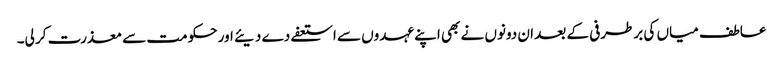
عاطف میاں کی برطرفی کے بعد ان دونوں نے بھی اپنے عہدوں سے استعفے دے دیئے اور حکومت سے معذرت کر لی۔